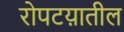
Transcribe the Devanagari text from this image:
रोपटय़ातील